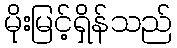
မိုးမြင့်ရှိန်သည်